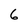
Character: 6